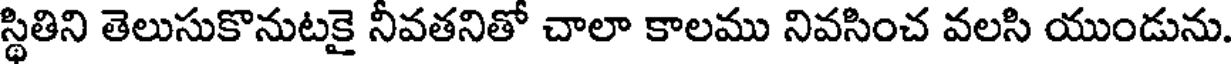
స్థితిని తెలుసుకొనుటకై నీవతనితో చాలా కాలము నివసించ వలసి యుండును.